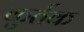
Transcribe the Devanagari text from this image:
कुर्तक